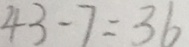
4 3 - 7 = 3 6